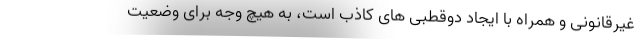
غیرقانونی و همراه با ایجاد دوقطبی های کاذب است، به هیچ وجه برای وضعیت